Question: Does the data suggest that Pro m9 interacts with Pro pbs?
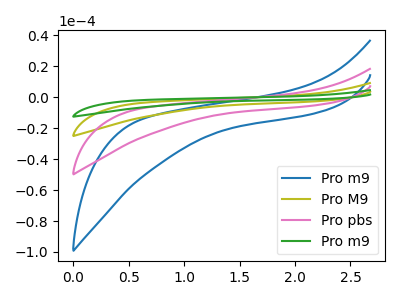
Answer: <think>The blue curve "Pro m9" has no peaks. The olive curve "Pro M9" has no peaks. The pink curve "Pro pbs" has no peaks. The green curve "Pro m9" has no peaks.
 Neither "Pro m9" or "Pro pbs" have any peaks.</think>
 <answer>No, "Pro m9" and "Pro pbs" don't appear to be significantly different in shape</answer>
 <eval>no_change</eval>